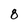
Character: 8